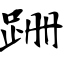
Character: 跚